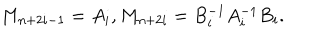
LaTeX: M _ { n + 2 i - 1 } = A _ { i } , M _ { n + 2 i } = B _ { i } ^ { - 1 } A _ { i } ^ { - 1 } B _ { i } .